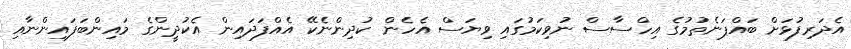
އެދަރިފުޅަށް ބައްޕަނެތުމުގެ އިހްސާސް ނުވިކަމުގައި ވިޔަސް އެހެން ކުދިންނެކޭ އެއްފަދައިން އެކުދީންގެ މައިންބަފައިންނާއި